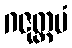
ဂဇုတ္တမံ